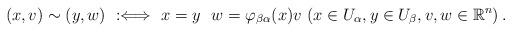
LaTeX: \begin{align*} (x, v) \sim (y, w) \ : \Longleftrightarrow\ x= y \ \ w = \varphi _{\beta\alpha} (x) v\ (x \in U_{\alpha}, y \in U_{\beta}, v, w \in \mathbb R^n)\, .\end{align*}